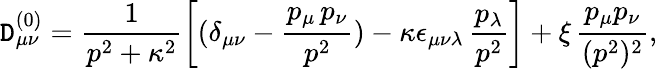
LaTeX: \mathtt{D}_{\mu\nu}^{(0)}=\frac{{1}}{{p^{2}+\kappa^{2}}}\left[(\delta_{\mu\nu}-\frac{{p_{\mu}\, p_{\nu}}}{{p^{2}}})-\kappa\epsilon_{\mu\nu\lambda}\, {\frac{{p_{\lambda}}}{{p^{2}}}}\right]+\xi\, \frac{{p_{\mu}p_{\nu}}}{{(p^{2})^{2}}},